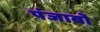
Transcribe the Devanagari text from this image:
पंजाबों